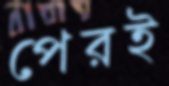
পেরই